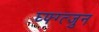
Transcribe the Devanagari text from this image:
घ्फ्ग्त्जुन